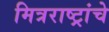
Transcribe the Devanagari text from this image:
मित्रराष्ट्रांचे